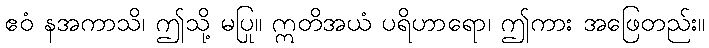
ဧဝံ နအကာသိ၊ ဤသို့ မပြု။ ဣတိအယံ ပရိဟာရော၊ ဤကား အဖြေတည်း။